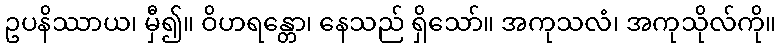
ဥပနိဿာယ၊ မှီ၍။ ဝိဟရန္တော၊ နေသည် ရှိသော်။ အကုသလံ၊ အကုသိုလ်ကို။